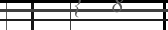
٢٦